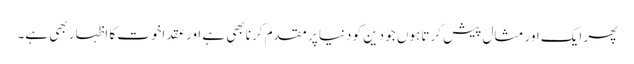
پھر ایک اور مثال پیش کرتا ہوں جو دین کو دنیا پر مقدم کرنا بھی ہے اور عَقدِاخوت کا اظہار بھی ہے۔